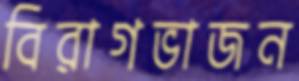
বিরাগভাজন